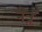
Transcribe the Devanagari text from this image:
नेत्रं